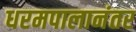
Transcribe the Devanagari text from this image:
धरमपालानंतर